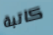
كاتبة